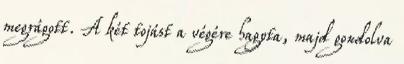
megrágott. A két tojást a végére hagyta, majd gondolva